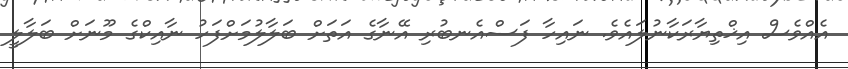
އެއްވެސް އިޚްތިޔާރަކާނުލައެވެ. ނައިހާ ފަސްއެނބުރި އޭނާގެ އަތަށް ބަލާލުމަށްފަހު ނާއިކްގެ މޫނަށް ބަލާލީ